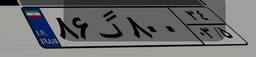
۸۶گ۸۰۰۳۴